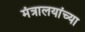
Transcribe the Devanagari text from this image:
मंत्रालयांच्या